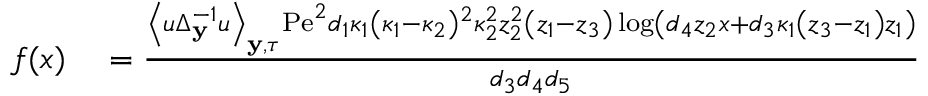
\begin{array} { r l } { f ( x ) } & { { } = \frac { \left\langle u \Delta _ { \mathbf { y } } ^ { - 1 } u \right\rangle _ { \mathbf { y } , \tau } \mathrm { P e } ^ { 2 } d _ { 1 } \kappa _ { 1 } \left( \kappa _ { 1 } - \kappa _ { 2 } \right) { } ^ { 2 } \kappa _ { 2 } ^ { 2 } z _ { 2 } ^ { 2 } \left( z _ { 1 } - z _ { 3 } \right) \log \left( d _ { 4 } z _ { 2 } x + d _ { 3 } \kappa _ { 1 } \left( z _ { 3 } - z _ { 1 } \right) z _ { 1 } \right) } { d _ { 3 } d _ { 4 } d _ { 5 } } } \end{array}